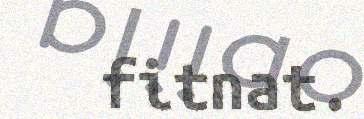
fitnat.